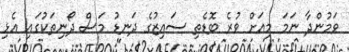
ވަމުންދާ ނަމަ މިއަށް ވުރެ ބޮޑެތި ސައިޒުގެ ދަނޑު މަސް ދޯނިތަކުގައި އެޅި